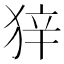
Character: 𰡒